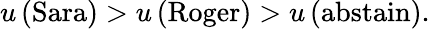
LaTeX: u\left({\mathrm{Sara}}\right)>u\left({\mathrm{Roger}}\right)>u\left({\mathrm{abstain}}\right).